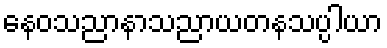
နေဝသညာနာသညာယတနသပ္ပါယာ